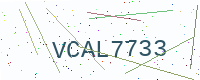
Text: VCAL7733